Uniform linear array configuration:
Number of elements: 12
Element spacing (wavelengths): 1
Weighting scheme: exponential
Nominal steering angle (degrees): -15
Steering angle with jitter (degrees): -14.675
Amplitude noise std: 0.05
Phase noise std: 0.05

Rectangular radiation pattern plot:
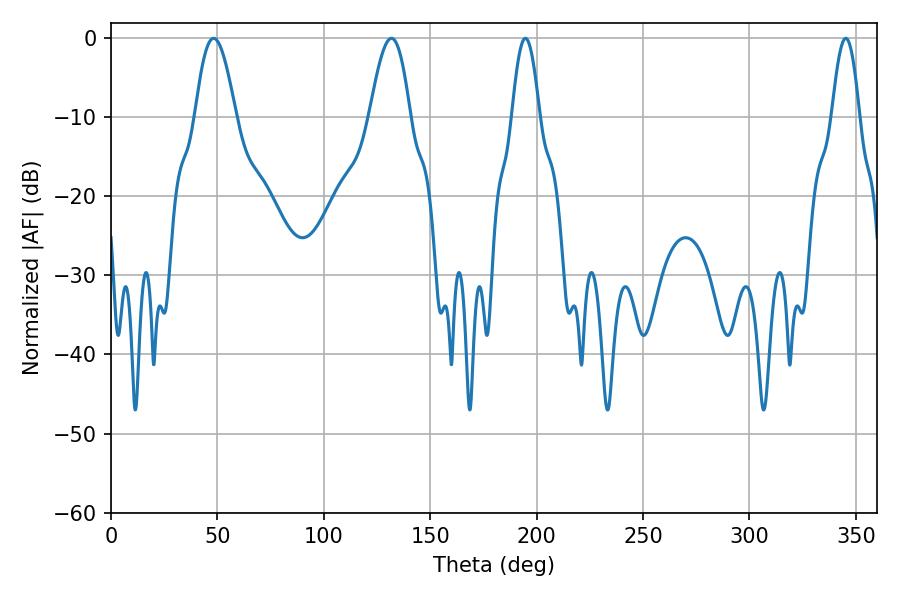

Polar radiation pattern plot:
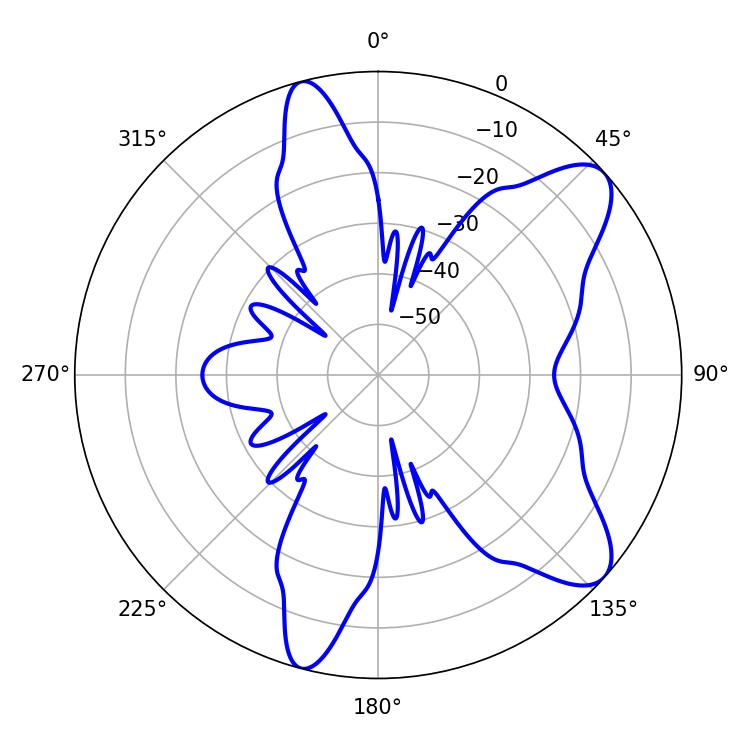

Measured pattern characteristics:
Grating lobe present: TRUE
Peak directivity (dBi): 9.207
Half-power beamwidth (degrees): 10.26
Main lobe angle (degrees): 48.24